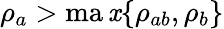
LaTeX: \rho_{a}>\operatorname*{ma\mathit{x}}\{ \rho_{ab},\rho_{b}\}